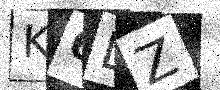
Text: K6DZ